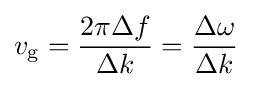
v_{\rm {g}}={\frac {2\pi \Delta f}{\Delta k}}={\frac {\Delta \omega }{\Delta k}}\